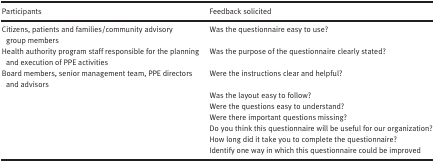
<table><thead><tr><td><b>Participants</b></td><td><b>Feedback solicited</b></td></tr></thead><tbody><tr><td>Citizens, patients and families/community advisory group members</td><td>Was the questionnaire easy to use?</td></tr><tr><td>Health authority program staff responsible for the planning and execution of PPE activities</td><td>Was the purpose of the questionnaire clearly stated?</td></tr><tr><td>Board members, senior management team, PPE directors and advisors</td><td>Were the instructions clear and helpful?</td></tr><tr><td rowspan="6"></td><td>Was the layout easy to follow?</td></tr><tr><td>Were the questions easy to understand?</td></tr><tr><td>Were there important questions missing?</td></tr><tr><td>Do you think this questionnaire will be useful for our organization?</td></tr><tr><td>How long did it take you to complete the questionnaire?</td></tr><tr><td>Identify one way in which this questionnaire could be improved</td></tr></tbody></table>